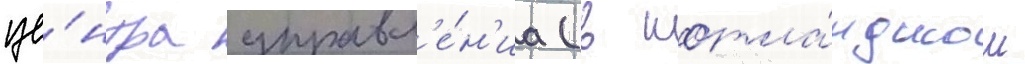
це́нтра управл'е́н'иа (в шотла́ндском